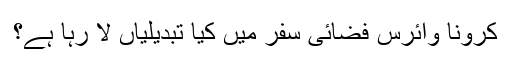
کرونا وائرس فضائی سفر میں کیا تبدیلیاں لا رہا ہے؟